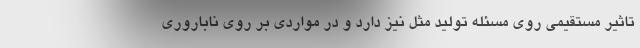
تاثیر مستقیمی روی مسئله تولید مثل نیز دارد و در مواردی بر روی ناباروری